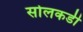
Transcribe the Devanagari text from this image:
सोलकडी